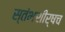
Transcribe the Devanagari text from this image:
स्तंभशीर्षच